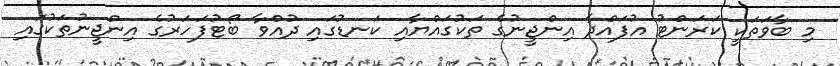
މި ބާވަތަކީ ކަރަންޓު އުފައްދާ އިންޖީނުގެ ތަކުގައްޔާއި ކަނޑުގައި ދުއްވާ ބޯޓުފަހަރުގެ އިންޖީނުތަކުގައި